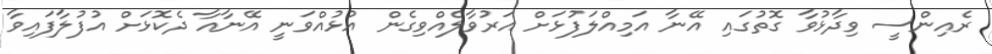
ރެއިންސީ ވިދާޅުވާ ގޮތުގައި އޭނާ އަމިއްލަފުޅަށް އަރުވާލެއްވިގެން އުޅުއްވަނީ އޭނާއާ ދެކޮޅަށް އުފުލާފައިވާ